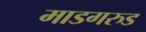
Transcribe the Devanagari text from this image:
माडगरुड